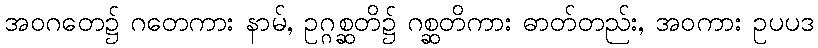
အဝဂတေ၌ ဂတေကား နာမ်, ဥဂ္ဂစ္ဆတိ၌ ဂစ္ဆတိကား ဓာတ်တည်း, အဝကား ဥပပဒ